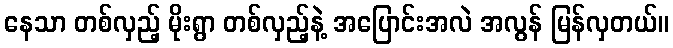
နေသာ တစ်လှည့် မိုးရွာ တစ်လှည့်နဲ့ အပြောင်းအလဲ အလွန် မြန်လှတယ်။